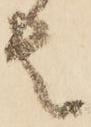
者